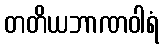
တတိယဘာဏဝါရံ